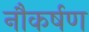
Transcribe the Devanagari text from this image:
नौकर्षण